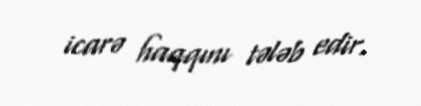
icarə haqqını tələb edir.